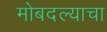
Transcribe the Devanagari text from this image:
मोबदल्याचा